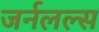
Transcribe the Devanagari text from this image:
जर्नलल्स